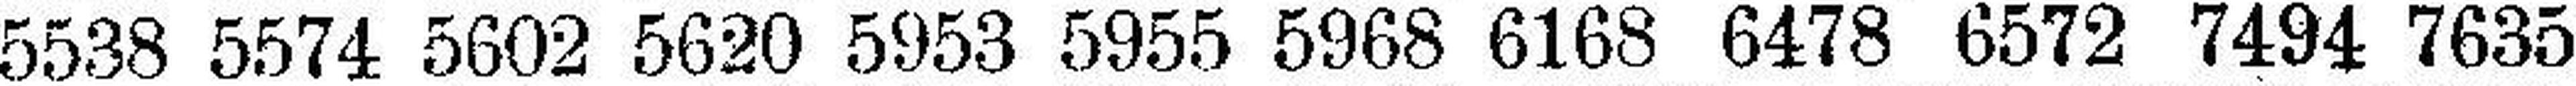
5538 5574 5602 5620 5953 5955 5968 6168 6478 6572 7494 7635